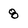
Character: 8